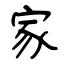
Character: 家